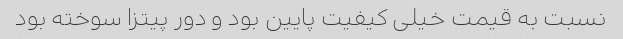
نسبت به قیمت خیلی کیفیت پایین بود و دور پیتزا سوخته بود